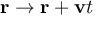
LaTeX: \mathbf { r } \rightarrow \mathbf { r } + \mathbf { v } t